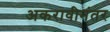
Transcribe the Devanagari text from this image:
अकरावीनंतर